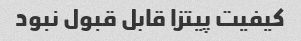
کیفیت پیتزا قابل قبول نبود